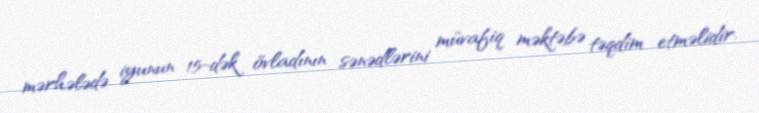
mərhələdə iyunun 15-dək övladının sənədlərini müvafiq məktəbə təqdim etməlidir.